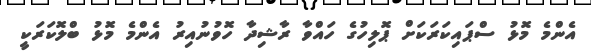
އެންމެ މޮޅު ސްޕައިކަރަކަށް ޕޮލިހުގެ ހައްވާ ރާޝިދާ ހޮވުނުއިރު އެންމެ މޮޅު ބްލޮކަރަކީ